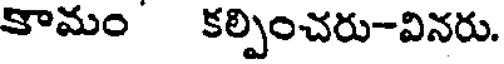
కామం కల్పించరు-వినరు.